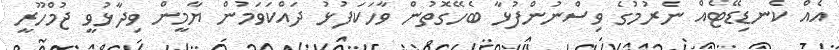
އެއް ކެނޑިޑޭޓެއް ނެރުމުގެ ވިސްނުންފުޅާ ބެހޭގޮތުން ވާހަކަފުޅު ދައްކަވަމުން ޔާމީން ވިދާޅުވީ ޖުމްހޫރީ